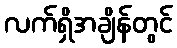
လက်ရှိအချိန်တွင်